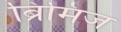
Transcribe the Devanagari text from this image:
ब्रिमिज